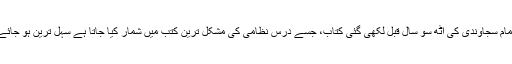
یوں امام سجاوندیؒ کی آٹھ سو سال قبل لکھی گئی کتاب، جسے درس نظامی کی مشکل ترین کتب میں شمار کیا جاتا ہے سہل ترین ہو جائے گی۔